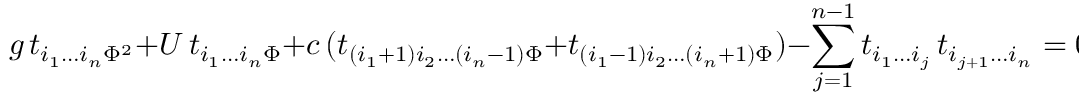
g \, t _ { i _ { 1 } \ldots i _ { n } \Phi ^ { 2 } } + U \, t _ { i _ { 1 } \ldots i _ { n } \Phi } + c \, ( t _ { ( i _ { 1 } + 1 ) i _ { 2 } \ldots ( i _ { n } - 1 ) \Phi } + t _ { ( i _ { 1 } - 1 ) i _ { 2 } \ldots ( i _ { n } + 1 ) \Phi } ) - \sum _ { j = 1 } ^ { n - 1 } t _ { i _ { 1 } \ldots i _ { j } } \, t _ { i _ { j + 1 } \ldots i _ { n } } = 0